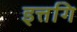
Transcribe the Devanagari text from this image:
इत्तगि